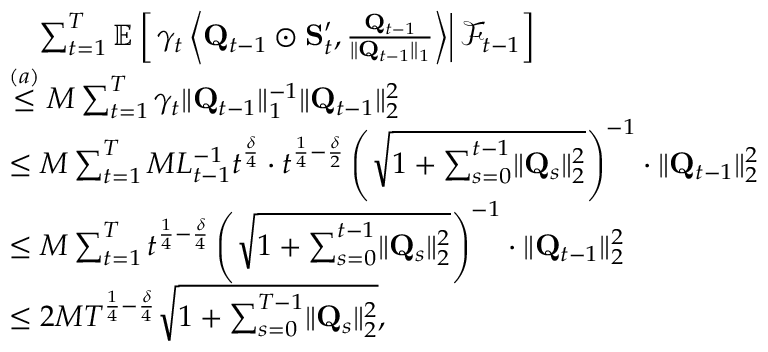
\begin{array} { r l } & { \quad \sum _ { t = 1 } ^ { T } \mathbb E \left[ \left. \gamma _ { t } \left\langle \mathbf Q _ { t - 1 } \odot \mathbf S _ { t } ^ { \prime } , \frac { \mathbf Q _ { t - 1 } } { \lVert \mathbf Q _ { t - 1 } \rVert _ { 1 } } \right\rangle \right\rvert \mathcal F _ { t - 1 } \right] } \\ & { \stackrel { ( a ) } \le M \sum _ { t = 1 } ^ { T } \gamma _ { t } \lVert \mathbf Q _ { t - 1 } \rVert _ { 1 } ^ { - 1 } \lVert \mathbf Q _ { t - 1 } \rVert _ { 2 } ^ { 2 } } \\ & { \le M \sum _ { t = 1 } ^ { T } M L _ { t - 1 } ^ { - 1 } t ^ { \frac \delta 4 } \cdot t ^ { \frac 1 4 - \frac \delta 2 } \left( \sqrt { 1 + \sum _ { s = 0 } ^ { t - 1 } \lVert \mathbf Q _ { s } \rVert _ { 2 } ^ { 2 } } \right) ^ { - 1 } \cdot \lVert \mathbf Q _ { t - 1 } \rVert _ { 2 } ^ { 2 } } \\ & { \le M \sum _ { t = 1 } ^ { T } t ^ { \frac 1 4 - \frac \delta 4 } \left( \sqrt { 1 + \sum _ { s = 0 } ^ { t - 1 } \lVert \mathbf Q _ { s } \rVert _ { 2 } ^ { 2 } } \right) ^ { - 1 } \cdot \lVert \mathbf Q _ { t - 1 } \rVert _ { 2 } ^ { 2 } } \\ & { \le 2 M T ^ { \frac 1 4 - \frac \delta 4 } \sqrt { 1 + \sum _ { s = 0 } ^ { T - 1 } \lVert \mathbf Q _ { s } \rVert _ { 2 } ^ { 2 } } , } \end{array}